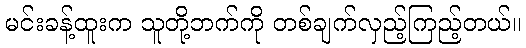
မင်းခန့်ထူးက သူတို့ဘက်ကို တစ်ချက်လှည့်ကြည့်တယ်။